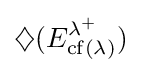
{\diamondsuit (E_{\operatorname {cf} (\lambda )}^{\lambda ^{+}}})